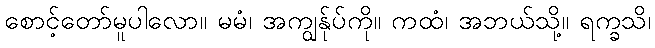
စောင့်တော်မူပါလော။ မမံ၊ အကျွန်ုပ်ကို။ ကထံ၊ အဘယ်သို့။ ရက္ခသိ၊